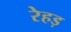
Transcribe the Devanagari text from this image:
रेहड़